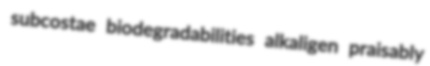
subcostae biodegradabilities alkaligen praisably